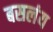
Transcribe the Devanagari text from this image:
बसलंय